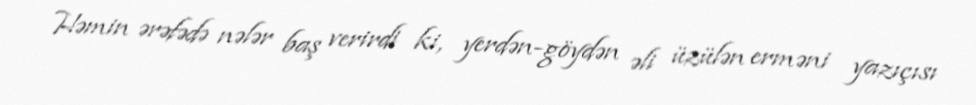
Həmin ərəfədə nələr baş verirdi ki, yerdən-göydən əli üzülən erməni yazıçısı